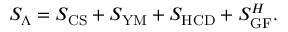
S _ { \Lambda } = S _ { \mathrm { C S } } + S _ { \mathrm { Y M } } + S _ { \mathrm { H C D } } + S _ { \mathrm { G F } } ^ { H } .